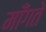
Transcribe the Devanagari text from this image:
मॉँगते